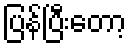
ပြန်ပြီးတော့